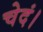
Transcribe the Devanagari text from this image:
चेदं।